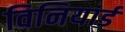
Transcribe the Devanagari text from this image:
विनियार्ड